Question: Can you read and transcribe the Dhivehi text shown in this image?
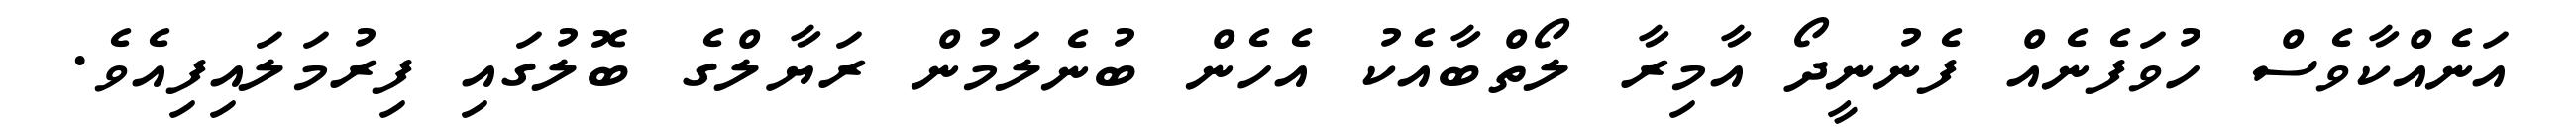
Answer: އަނެއްކާވެސް ހުވަފެނެއް ފެނުނީދޯ އާމިރާ ލޯތްބާއެކު އެހެން ބުނެލަމުން ރަޔާލްގެ ބޮލުގައި ފިރުމަލައިފިއެވެ.